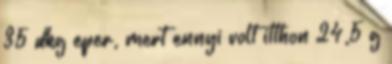
35 dkg eper, mert ennyi volt itthon 24,5 g